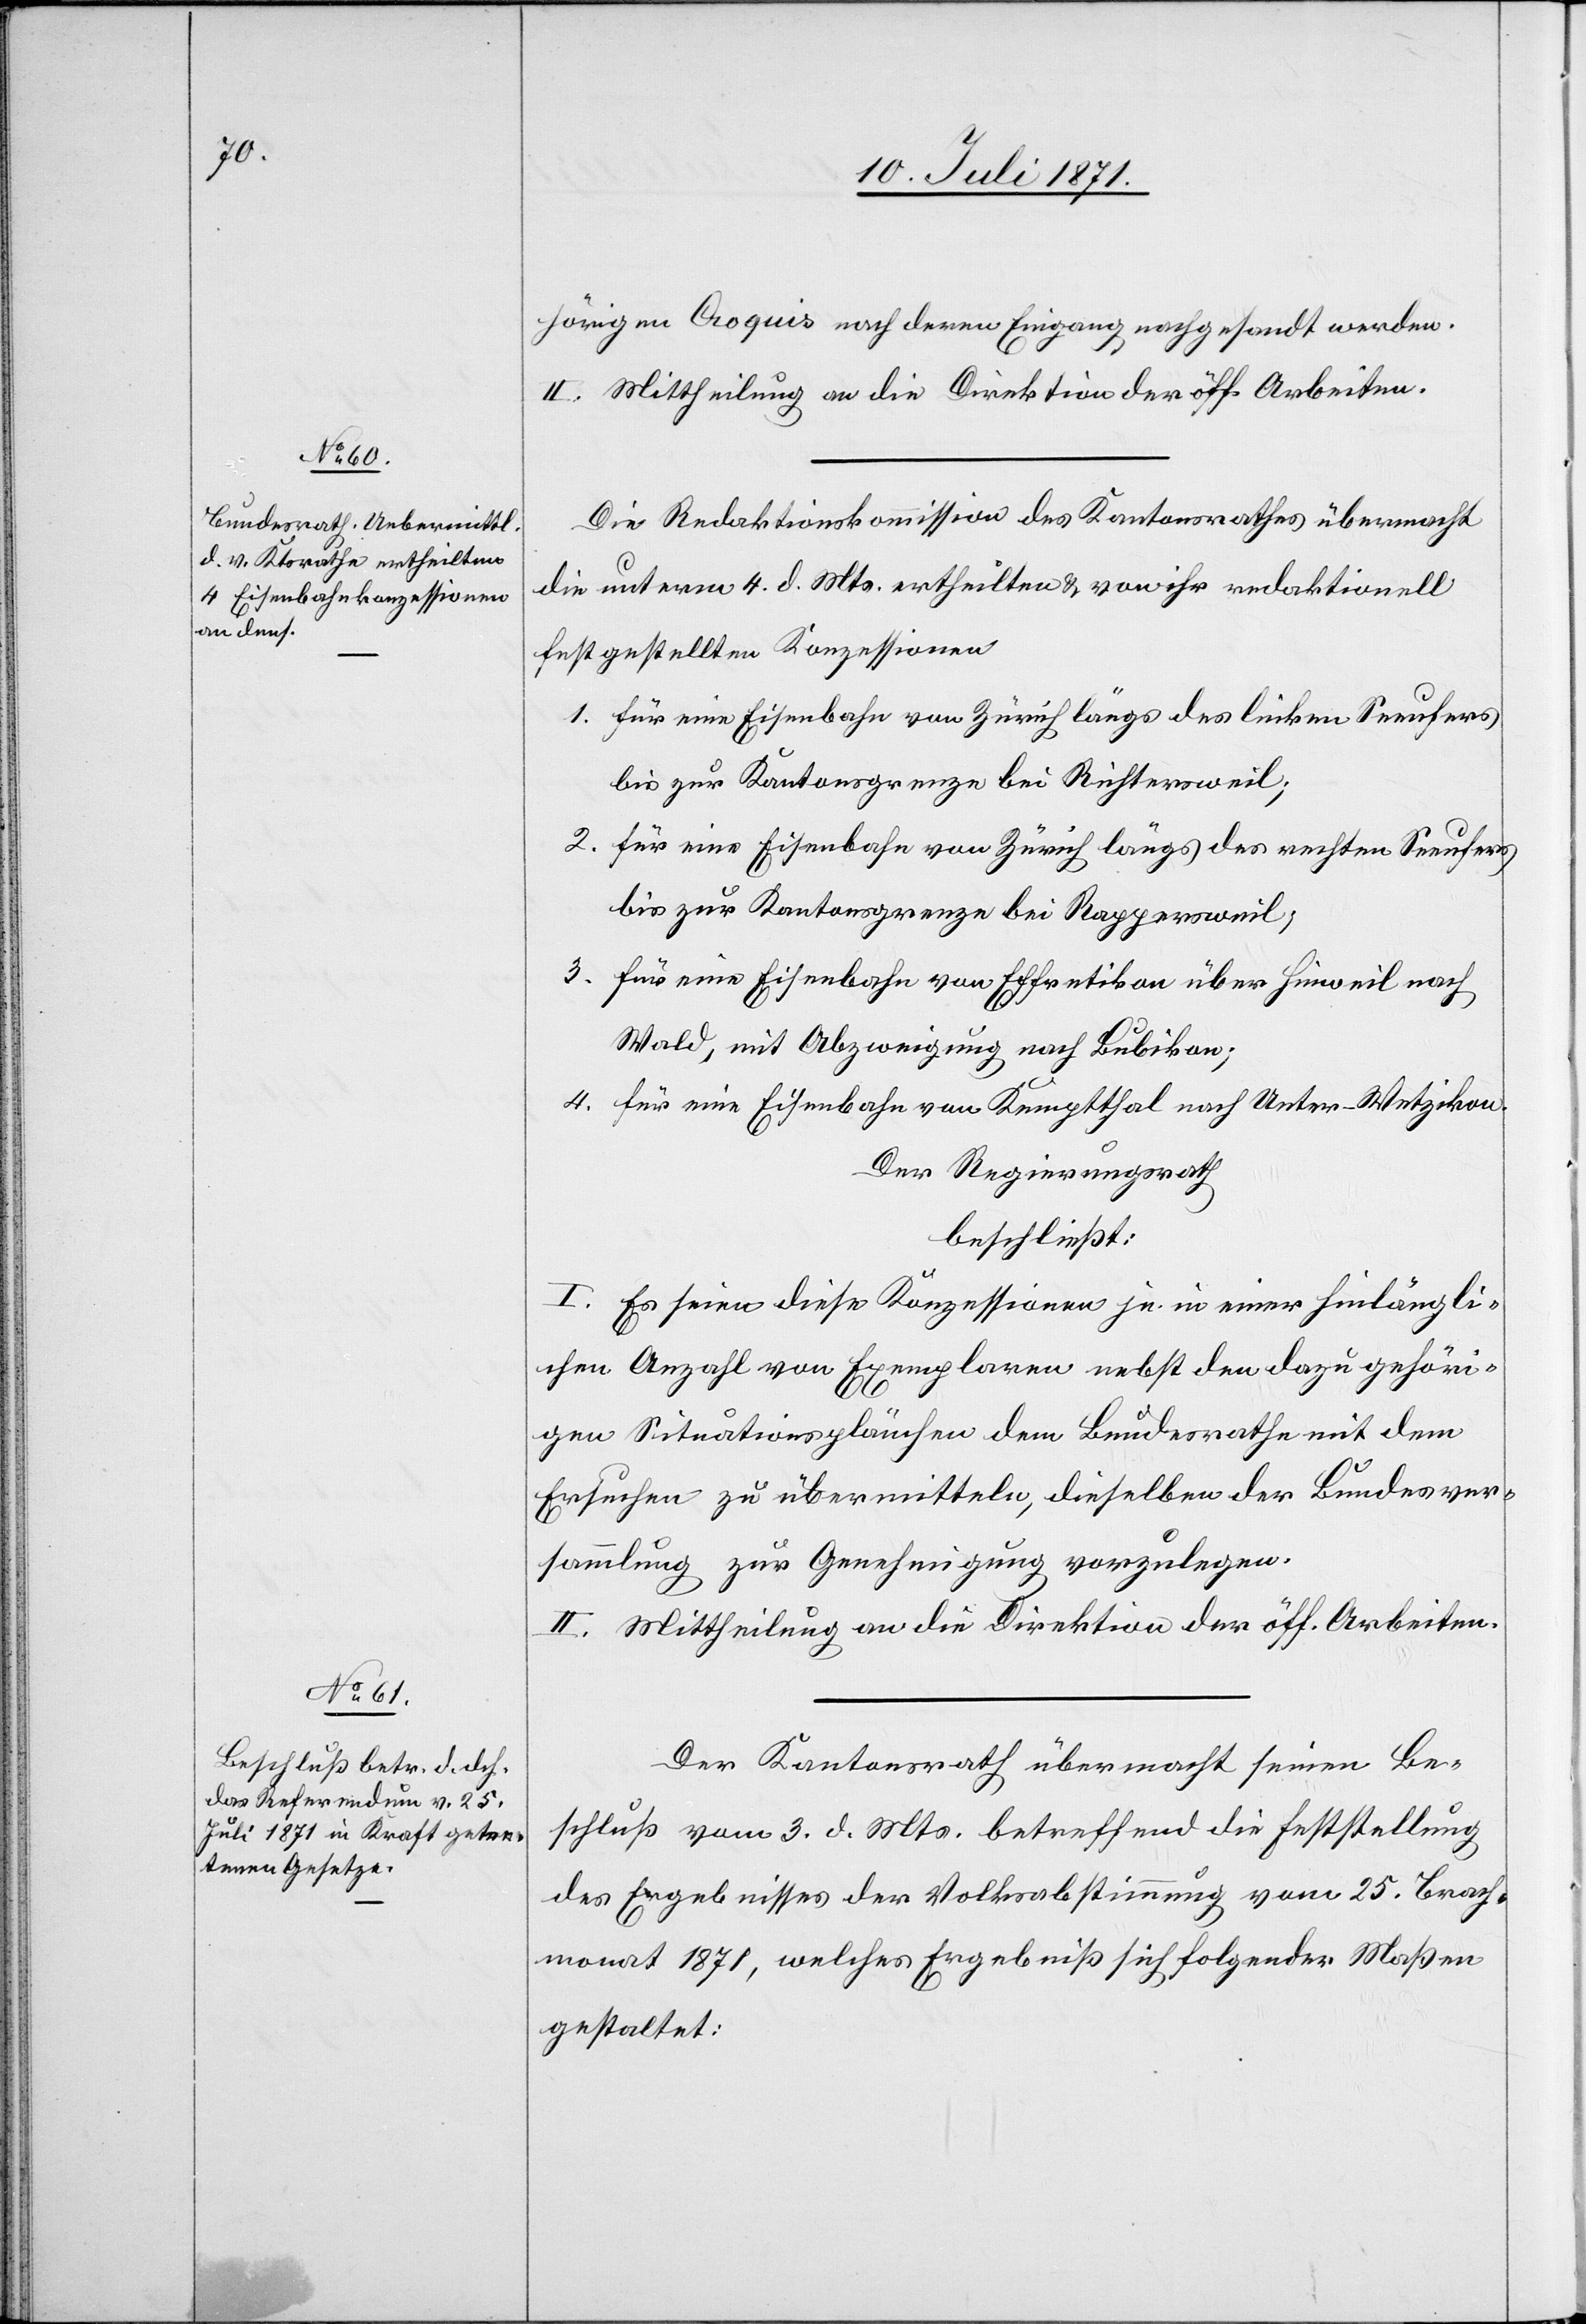
hörigen Croquis nach deren Eingang nachgesandt werden.
II. Mittheilung an die Direktion der öff. Arbeiten.
Die Redaktionskommission des Kantonsrathes übermacht
die unterm 4. d. Mts. ertheilten u. von ihr redaktionell
festgestellten Konzessionen
1. für eine Eisenbahn von Zürich längs des linken Seeufers
bis zur Kantonsgrenze bei Richtersweil;
2. für eine Eisenbahn von Zürich längs des rechten Seeufers
bis zur Kantonsgrenze bei Rappersweil;
3. für eine Eisenbahn von Effretikon über Hinweil nach
Wald, mit Abzweigung nach Bubikon;
4. für eine Eisenbahn von Kemptthal nach Unter-Wetzikon.
Der Regierungsrath
beschließt:
I. Es seien diese Konzessionen je in einer hinlängli¬
chen Anzahl von Exemplaren nebst den dazu gehöri¬
gen Situationsplänchen dem Bundesrathe mit dem
Ersuchen zu übermitteln, dieselben der Bundesver¬
sammlung zur Genehmigung vorzulegen.
II. Mittheilung an die Direktion der öff. Arbeiten.
Der Kantonsrath übermacht seinen Be¬
schluß vom 3. d. Mts. betreffend die Feststellung
des Ergebnisses der Volksabstimmung vom 25. Brach¬
monat 1871, welches Ergebniß sich folgender Maßen
gestaltet: